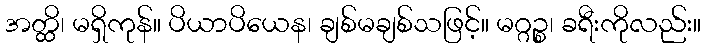
အတ္ထိ၊ မရှိကုန်။ ပိယာပိယေန၊ ချစ်မချစ်သဖြင့်။ မဂ္ဂဉ္စ၊ ခရီးကိုလည်း။